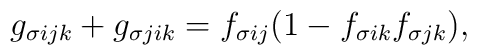
g_{\sigma ijk} + g_{\sigma jik}		= f_{\sigma ij}(1 - f_{\sigma ik} f_{\sigma jk}),